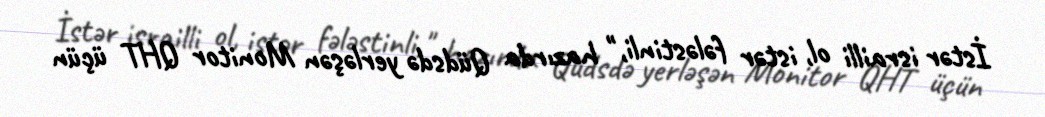
İstər israilli ol, istər fələstinli," hazırda Qüdsdə yerləşən Monitor QHT üçün